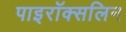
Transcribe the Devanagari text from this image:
पाइरॉक्सलिन